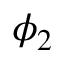
\phi _ { 2 }